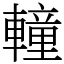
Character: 䡴